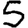
Digit: 5